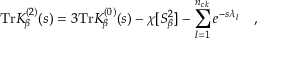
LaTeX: \mathrm { T r } K _ { \beta } ^ { ( 2 ) } ( s ) = 3 \mathrm { T r } K _ { \beta } ^ { ( 0 ) } ( s ) - \chi [ S _ { \beta } ^ { 2 } ] - \sum _ { l = 1 } ^ { n _ { c k } } e ^ { - s \lambda _ { l } } ~ ~ ~ ,